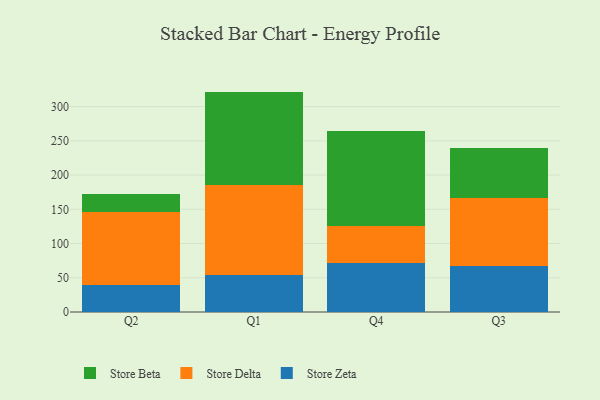
{"axis": {"x": "Quarter", "y": "Population (Million)"}, "legend": ["Store Beta", "Store Delta", "Store Zeta"], "data": [{"x": "Q2", "y": 40.1, "type": "Store Zeta"}, {"x": "Q2", "y": 106.6, "type": "Store Delta"}, {"x": "Q2", "y": 25.8, "type": "Store Beta"}, {"x": "Q1", "y": 53.6, "type": "Store Zeta"}, {"x": "Q1", "y": 131.2, "type": "Store Delta"}, {"x": "Q1", "y": 137.1, "type": "Store Beta"}, {"x": "Q4", "y": 71.3, "type": "Store Zeta"}, {"x": "Q4", "y": 54.2, "type": "Store Delta"}, {"x": "Q4", "y": 138.4, "type": "Store Beta"}, {"x": "Q3", "y": 66.8, "type": "Store Zeta"}, {"x": "Q3", "y": 99.3, "type": "Store Delta"}, {"x": "Q3", "y": 72.9, "type": "Store Beta"}]}